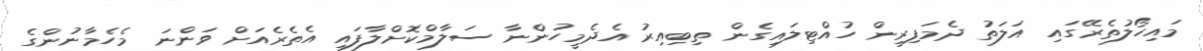
މައިހޯލުތެރޭގައި އަލަތު ދެމަފިރިން ހުއްޓިލައިގެން ތިބިއިރު އެދެމީހުންނާ ސަލާމްކޮށްލާފައި އެތެރެއަށް ވަންނަ މެހެމާނުންގެ